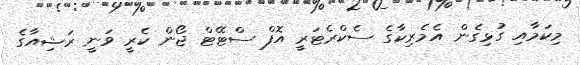
މިކަމާއި ގުޅިގެން އެމެރިކާގެ ސެކްރެޓަރީ އޮފް ސްޓޭޓް ޖޯން ކެރީ ވަނީ ރަޝިއާގެ